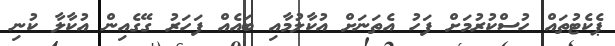
ޕެކެޓުތައް ހުސްކުރުމަށް ފަހު އެތަނަށް އުކާލުމާއި ބައެއް ފަހަރު ގޭގެއިން އުކާލާ ކުނި